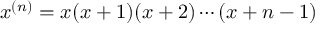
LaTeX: x ^ { ( n ) } = x ( x + 1 ) ( x + 2 ) \cdots ( x + n - 1 )